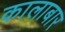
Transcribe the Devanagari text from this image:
कालाबार